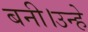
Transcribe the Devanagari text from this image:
बनी।उन्हे